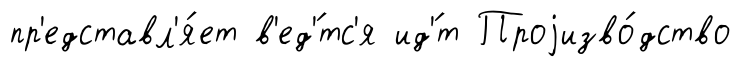
пр'едставл'я́ет в'ед'́тс'я ид'́т Проjизво́дство